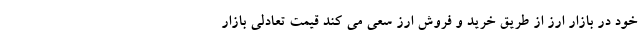
خود در بازار ارز از طریق خرید و فروش ارز سعی می کند قیمت تعادلی بازار